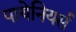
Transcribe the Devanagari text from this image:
पायेनियर्स